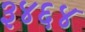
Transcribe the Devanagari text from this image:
३४६४